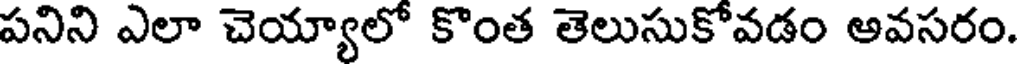
పనిని ఎలా చెయ్యాలో కొంత తెలుసుకోవడం అవసరం.